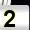
Digit: 2